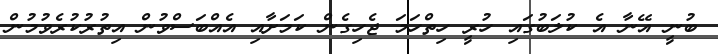
ބުނީ އޭނާ އެ ކުލަބުގައި ހުރީ ހިތްހަމަ ޖެހިގެން ކަމަށާއި އެއްބަސްވުން އިތުރުކުރެވުމުން